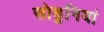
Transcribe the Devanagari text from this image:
सोडुनियां